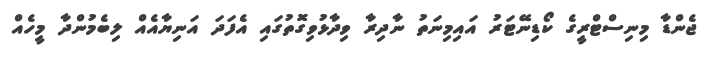
ޖެންޑާ މިނިސްޓްރީގެ ކޯޑިނޭޓަރު އައިމިނަތު ނާދިރާ ވިދާޅުވިގޮތުގައި އެފަދަ އަނިޔާއެއް ލިބެމުންދާ މީހެއް